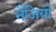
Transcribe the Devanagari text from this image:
नैजियो